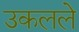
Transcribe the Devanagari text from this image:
उकलले